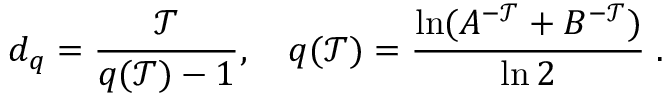
d _ { q } = \frac { \mathcal { T } } { q ( \mathcal { T } ) - 1 } , \quad q ( \mathcal { T } ) = \frac { \ln ( A ^ { - \mathcal { T } } + B ^ { - \mathcal { T } } ) } { \ln 2 } \; .